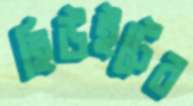
হিউইটের